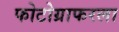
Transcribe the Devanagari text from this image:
फोटोग्राफरला